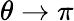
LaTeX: \theta\to\pi